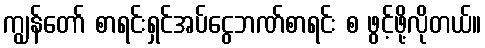
ကျွန်တော် စာရင်းရှင်အပ်ငွေဘဏ်စာရင်း စ ဖွင့်ဖို့လိုတယ်။